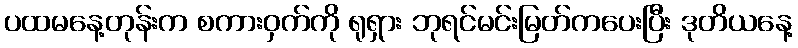
ပထမနေ့တုန်းက စကားဝှက်ကို ရုရှား ဘုရင်မင်းမြတ်ကပေးပြီး ဒုတိယနေ့